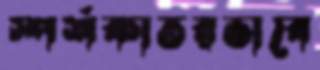
স্পর্শকাতরভাবে